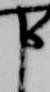
申